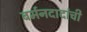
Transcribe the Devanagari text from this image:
बर्मनदादांची